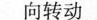
向转动